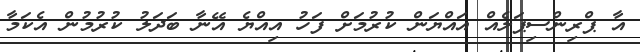
އާ ޕްރިންސިޕަލެއް އައްޔަން ކުރުމަށް ފަހު އިއްޔެ އޭނާ ބަދަލު ކުރުމުން އެކަމާ